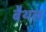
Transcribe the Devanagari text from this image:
बैथल